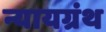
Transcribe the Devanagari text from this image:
न्यायग्रंथ